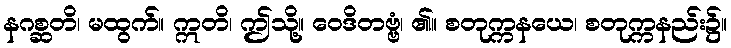
နဂစ္ဆတိ၊ မထွက်။ ဣတိ၊ ဤသို့။ ဝေဒိတဗ္ဗံ၊ ၏။ စတုက္ကနယေ၊ စတုက္ကနည်း၌။